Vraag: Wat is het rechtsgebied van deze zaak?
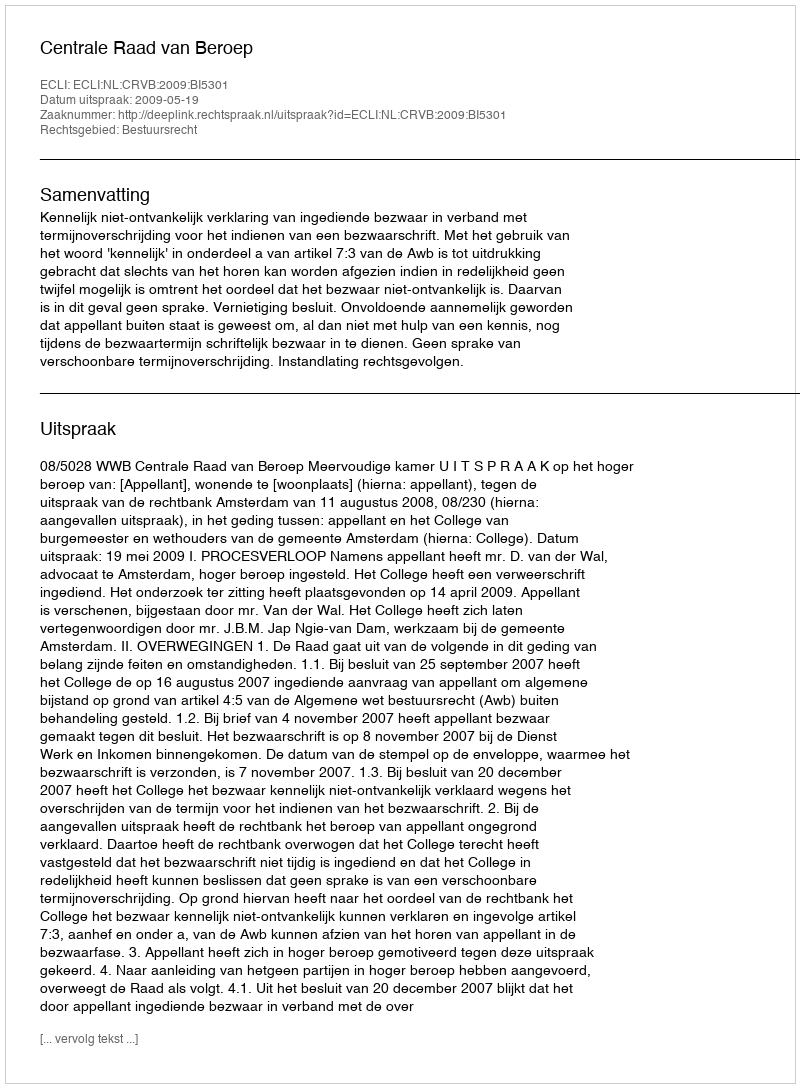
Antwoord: Bestuursrecht